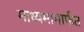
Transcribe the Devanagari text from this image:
माध्यमामार्फत